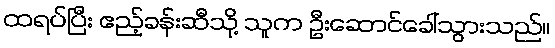
ထရပ်ပြီး ဧည့်ခန်းဆီသို့ သူက ဦးဆောင်ခေါ်သွားသည်။